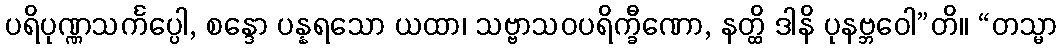
ပရိပုဏ္ဏသင်္ကပ္ပေါ, စန္ဒော ပန္နရသော ယထာ၊ သဗ္ဗာသဝပရိက္ခီဏော, နတ္ထိ ဒါနိ ပုနဗ္ဘဝေါ”တိ။ “တသ္မာ